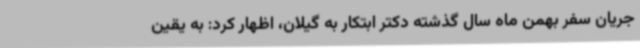
جریان سفر بهمن ماه سال گذشته دکتر ابتکار به گیلان، اظهار کرد: به یقین